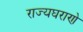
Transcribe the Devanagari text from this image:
राज्यघराणे